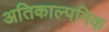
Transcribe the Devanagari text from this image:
अतिकाल्पनिक